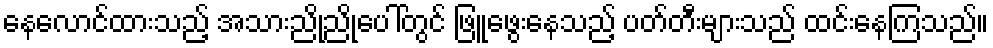
နေလောင်ထားသည့် အသားညိုညိုပေါ်တွင် ဖြူဖွေးနေသည့် ပတ်တီးများသည် ထင်းနေကြသည်။